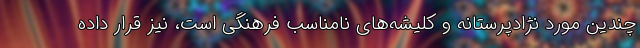
چندین مورد نژادپرستانه و کلیشه‌های نامناسب فرهنگی است، نیز قرار داده